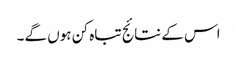
اس کے نتائج تباہ کن ہوں گے۔